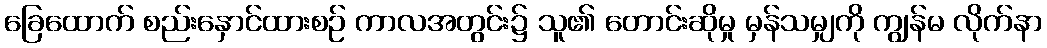
ခြေထောက် စည်းနှောင်ထားစဉ် ကာလအတွင်း၌ သူ၏ တောင်းဆိုမှု မှန်သမျှကို ကျွန်မ လိုက်နာ